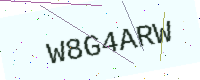
Text: W8G4ARW